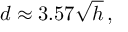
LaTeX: d \approx 3 . 5 7 { \sqrt { h } } \, ,